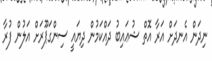
ނިދަން އެނދަށް އަރާ އޮތް ޝުޢައިބު ދައްކަމުން ދިޔައީ ސިންގަޕޫރަށް އަލުން ފުރާ